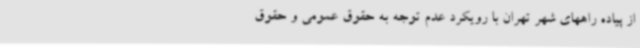
از پیاده راههای شهر تهران با رویکرد عدم توجه به حقوق عمومی و حقوق